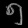
Digit: ၅